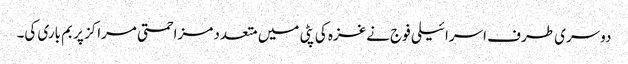
دوسری طرف اسرائیلی فوج نےغزہ کی پٹی میں متعدد مزاحمتی مراکز پر بم باری کی۔